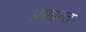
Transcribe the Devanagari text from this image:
प्रणान्त